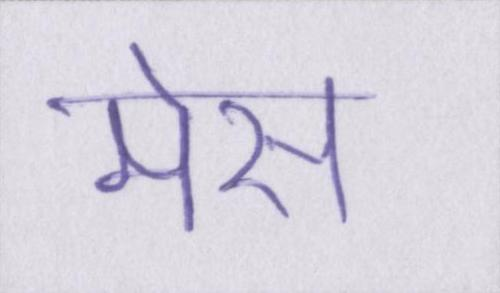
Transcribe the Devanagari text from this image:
मेस